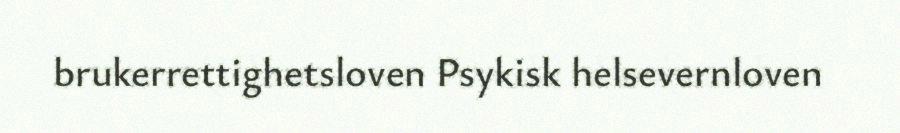
brukerrettighetsloven Psykisk helsevernloven